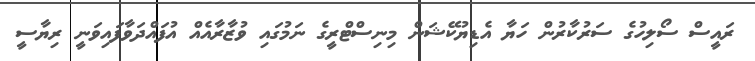
ރައީސް ސޯލިހުގެ ސަރުކާރުން ހަޔާ އެޑިޔުކޭޝަން މިނިސްޓްރީގެ ނަމުގައި ވުޒާރާއެއް އުފައްދަވާފައިވަނީ ރިޔާސީ